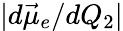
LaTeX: |d\vec{\mu}_{e}/dQ_{2}|